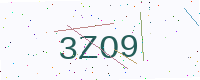
Text: 3ZO9